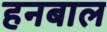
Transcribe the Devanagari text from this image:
हनबाल